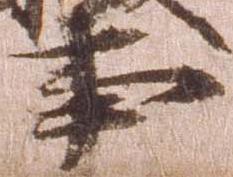
事